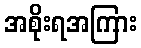
အစိုးရအကြား